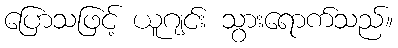
ပြောသဖြင့် ယူဂျင်း သွားရောက်သည်။